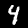
Label: 4